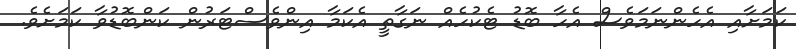
ކަމަށާއި އެހެންނަމަވެސް އެހާ ބޮޑު ޓެކުހެއް ނަގާތީ އެކަމާ އިންވެސްޓަރުން ކަންބޮޑުވާ ކަމަށެވެ.